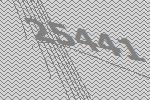
25441